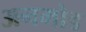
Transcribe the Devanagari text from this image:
अनमोड